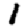
Digit: 1